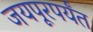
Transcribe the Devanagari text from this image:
जयपूरपर्यंत